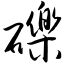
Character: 砾